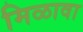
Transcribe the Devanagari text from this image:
मिळावा